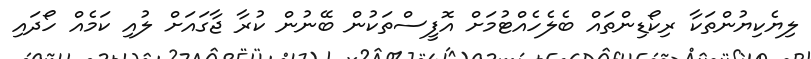
ލިޔެކިޔުންތަކާ ރިކޯޑިންތައް ބެލެހެއްޓުމަށް އޮފީސްތަކުން ބޭނުން ކުރާ ޖާގައަށް ލުއި ކަމެއް ހޯދައި